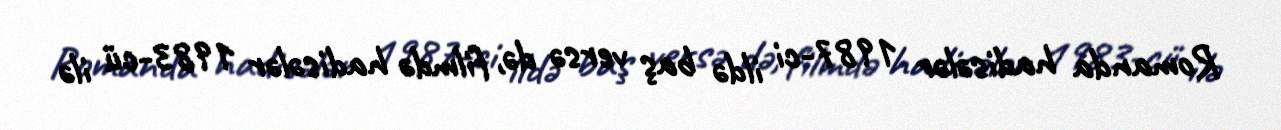
Romanda hadisələr 1987-ci ildə baş versə də, filmdə hadisələr 1983-cü ilə